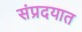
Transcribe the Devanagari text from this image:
संप्रदयात